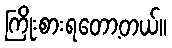
ကြိုးစားရတော့တယ်။